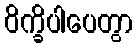
ဝိက္ခိပါပေတွာ